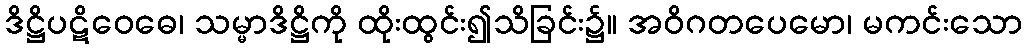
ဒိဋ္ဌိပဋိဝေဓေ၊ သမ္မာဒိဋ္ဌိကို ထိုးထွင်း၍သိခြင်း၌။ အဝိဂတပေမော၊ မကင်းသော